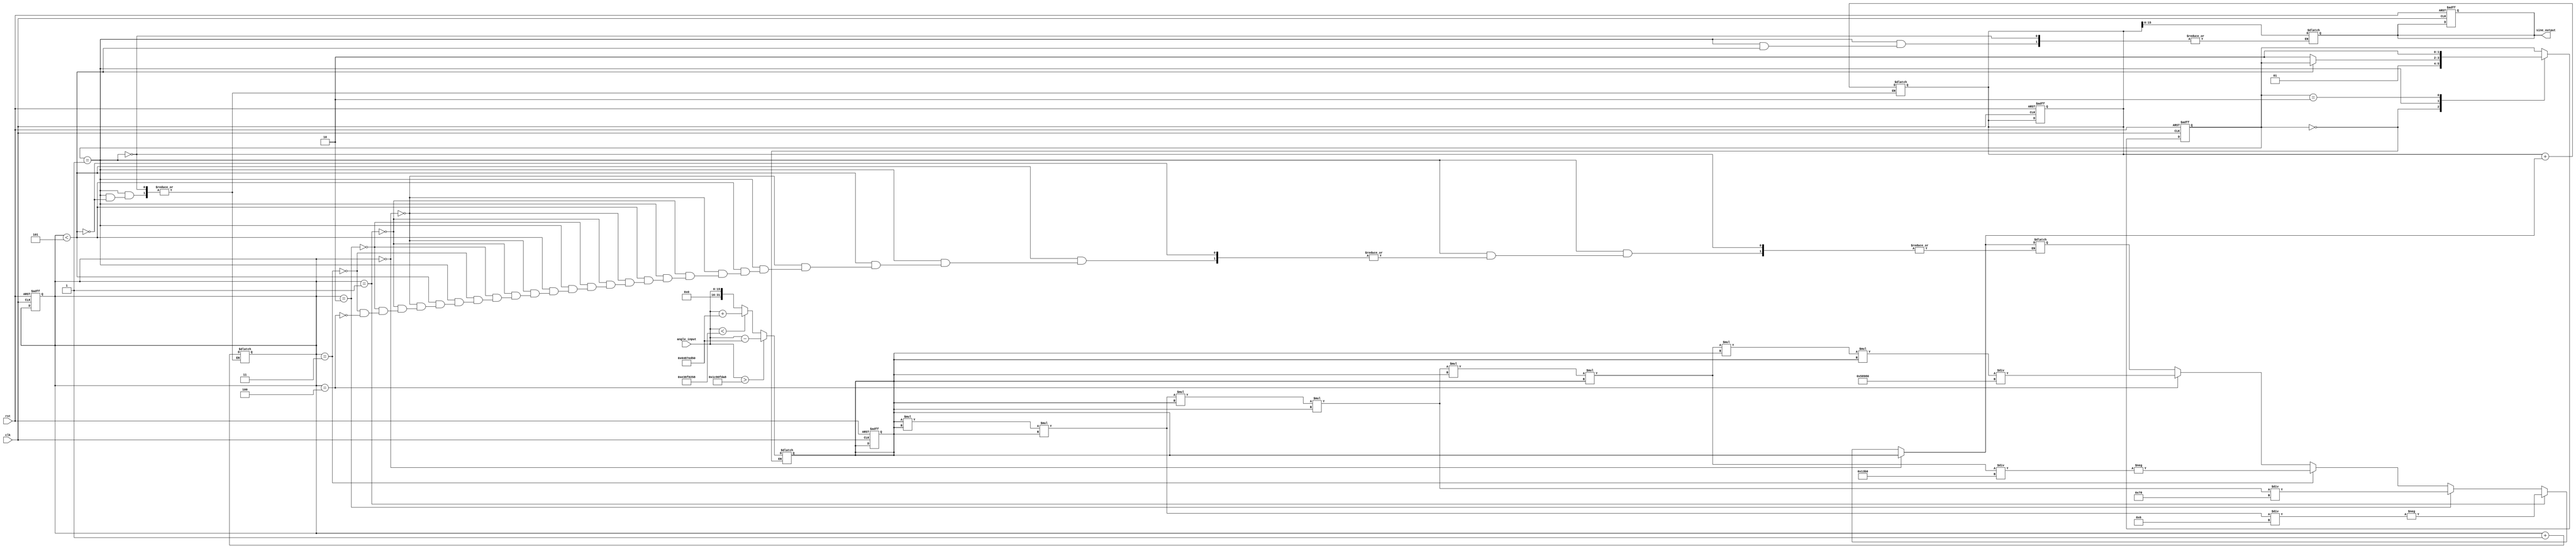
module sine_calculator (
    input wire clk,
    input wire rst,
    input wire [15:0] angle_input, // Input angle in radians (fixed-point representation)
    output reg [15:0] sine_output  // Output sine value (fixed-point representation)
);

    // Define constants for Taylor series coefficients
    reg signed [31:0] x;          // Fixed-point representation of the input angle
    reg signed [31:0] term;       // Current term in Taylor series
    reg signed [31:0] sine_val;   // Current sine value approximation
    reg [3:0] term_count;         // Counter for the number of terms computed
    reg [15:0] factorial;         // Factorial value for current term
    reg signed [31:0] x2;         // x^2 value for computation

    // Constants for 
    localparam PI = 32'h3243F6A8; // 3.14159265358979323846 in fixed-point (Q1.31)
    localparam PI_OVER_2 = 32'h1C90FDA8; // /2 in fixed-point (Q1.31)
    
    // State machine for computation
    parameter IDLE = 2'b00, COMPUTE = 2'b01, DONE = 2'b10;
    reg [1:0] state, next_state;

    // Range Reduction
    // Normalize the input angle to the range [-, ]
    always @(posedge clk or posedge rst) begin
        if (rst) begin
            x <= 32'b0;
            sine_val <= 32'b0;
            term_count <= 0;
            sine_output <= 16'b0;
            state <= IDLE;
        end else begin
            state <= next_state;
        end
    end

    always @* begin
        next_state = state;
        case (state)
            IDLE: begin
                // Normalize input angle
                if (angle_input > (PI_OVER_2)) begin
                    // Reduce by 2 if necessary
                    x = angle_input - (2 * PI);
                end else if (angle_input < (-PI_OVER_2)) begin
                    // Reduce by 2 if necessary
                    x = angle_input + (2 * PI);
                end else begin
                    x = angle_input;
                end
                next_state = COMPUTE;
            end

            COMPUTE: begin
                if (term_count < 5) begin // Use 5 terms of Taylor series
                    // Calculate the current term
                    if (term_count == 0) begin
                        term = x; // First term: x^1 / 1!
                    end else if (term_count == 1) begin
                        term = -((x * x * x) / 6); // Second term: -x^3 / 3!
                    end else if (term_count == 2) begin
                        term = (x * x * x * x * x) / 120; // Third term: x^5 / 5!
                    end else if (term_count == 3) begin
                        term = -((x * x * x * x * x * x * x) / 5040); // Fourth term: -x^7 / 7!
                    end else if (term_count == 4) begin
                        term = (x * x * x * x * x * x * x * x * x) / 362880; // Fifth term: x^9 / 9!
                    end
                    
                    // Update sine value
                    sine_val = sine_val + term;
                    term_count = term_count + 1;
                end else begin
                    // Finished computation
                    sine_output = sine_val[15:0]; // Output the result (fixed-point output)
                    next_state = DONE;
                end
            end
            
            DONE: begin
                // Hold the result
                next_state = DONE; // Stay in current state
            end
        endcase
    end
endmodule